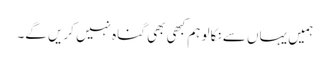
ہمیں یہاں سے نکالو ہم کبھی بھی گناہ نہیں کریں گے۔